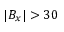
\lvert B _ { x } \rvert > 3 0